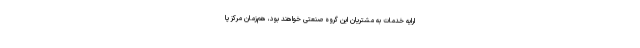
ارایه خدمات به مشتریان این گروه صنعتی خواهند بود، هم‌زمان مرکز پا